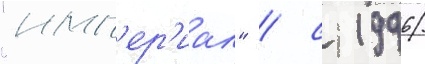
"имп'ер'иал" / с 1996